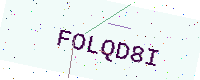
Text: FOLQD8I